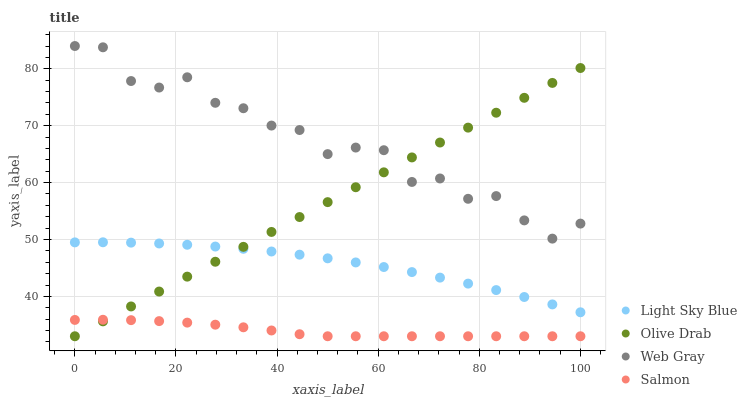
| xaxis_label | Light Sky Blue | Olive Drab | Web Gray | Salmon |
 | --- | --- | --- | --- | --- |
 | 0 | 49.5 | 33 | 84 | 35.9 |
 | 5.56 | 49.5 | 35.6 | 83.8 | 35.9 |
 | 11.1 | 49.4 | 38.2 | 77.8 | 35.8 |
 | 16.7 | 49.3 | 40.9 | 76.7 | 35.7 |
 | 22.2 | 49.1 | 43.5 | 78.5 | 35.4 |
 | 27.8 | 48.8 | 46.1 | 74 | 35 |
 | 33.3 | 48.4 | 48.7 | 73.1 | 34.6 |
 | 38.9 | 47.9 | 51.3 | 70 | 34 |
 | 44.4 | 47.3 | 53.9 | 69.2 | 33.4 |
 | 50 | 46.7 | 56.6 | 65 | 33 |
 | 55.6 | 46 | 59.2 | 66.2 | 33 |
 | 61.1 | 45.2 | 61.8 | 65.7 | 33 |
 | 66.7 | 44.3 | 64.4 | 60.1 | 33 |
 | 72.2 | 43.3 | 67 | 60.7 | 33 |
 | 77.8 | 42.3 | 69.7 | 57.2 | 33 |
 | 83.3 | 41.1 | 72.3 | 57.6 | 33 |
 | 88.9 | 39.9 | 74.9 | 53.4 | 33 |
 | 94.4 | 38.6 | 77.5 | 50.2 | 33 |
 | 100 | 37.2 | 80.1 | 52.8 | 33 |